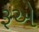
રૂએ